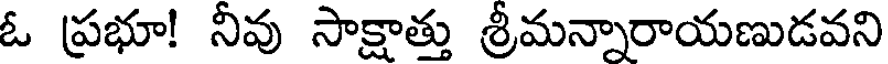
ఓ ప్రభూ! నీవు సాక్షాత్తు శ్రీమన్నారాయణుడవని